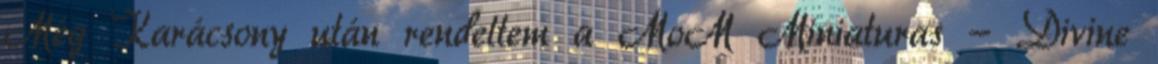
Még Karácsony után rendeltem a MoM Miniaturas - Divine